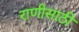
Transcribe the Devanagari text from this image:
राणीसाठी